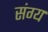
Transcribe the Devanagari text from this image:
संग्य